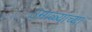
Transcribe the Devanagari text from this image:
उमाळ्याच्या